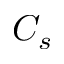
C _ { s }